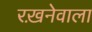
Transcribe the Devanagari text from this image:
रख़नेवाला